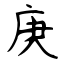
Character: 庚